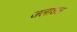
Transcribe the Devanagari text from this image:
जलाशल